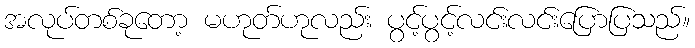
အလုပ်တစ်ခုတော့ မဟုတ်ဟုလည်း ပွင့်ပွင့်လင်းလင်းပြောပြသည်။